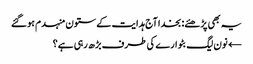
یہ بھی پڑھئے: بخدا آج ہدایت کے ستون منہدم ہوگئے
← نون لیگ بٹوارے کی طرف بڑھ رہی ہے؟